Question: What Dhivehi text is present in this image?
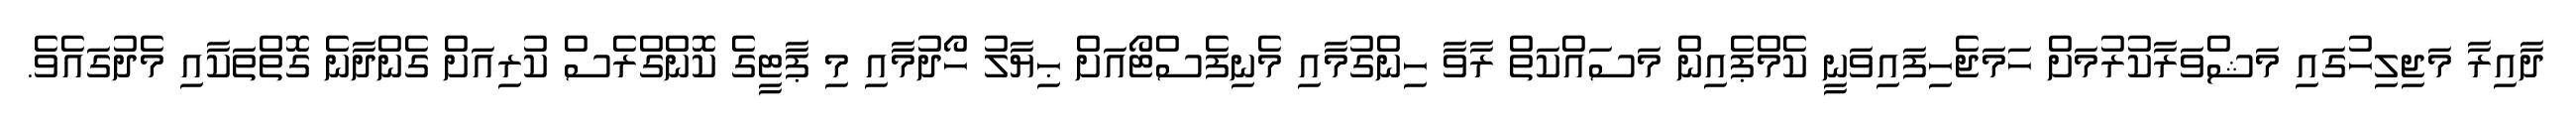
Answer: ދާއިރާ މަޖިލިހުގައި މަޝްވަރާކުރުމަށް ހަމަޖެހިފައިވަނީ ކެމްޕެއިން މަސައްކަތް ރާވާ ހިންގުމާއި މެނިފެސްޓޯއަށް ޙިޔާލު ހޯދުމާއި މި ޕާޓީގެ ކޮންގްރެސް ކުރިއަށް ގެންދާނެ ގޮތްތަކާއި މެދުގައެވެ.